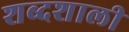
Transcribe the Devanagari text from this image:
शब्दशाली